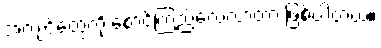
အကျင့်တွေကို စောင့်ကြည့်လေ့လာတာ ဖြစ်ပါတယ်။